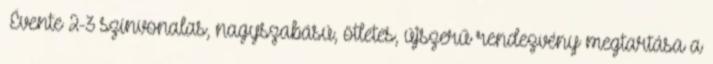
▪Évente 2-3 színvonalas, nagyszabású, ötletes, újszerű rendezvény megtartása a